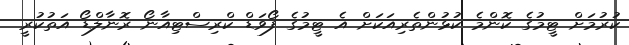
ކުރުމަށް ޓީމުގެ ކޮންމެ ކުޅުންތެރިއަކަށް އެ ޓީމުގެ ފޯވަޑް ކްރިސްޓިއާނޯ ރޮނާލްޑޯ އަތުކުރީ